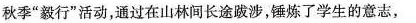
秋季”毅行”活动，通过在山林间长途跋涉，锤炼了学生的意志，